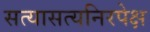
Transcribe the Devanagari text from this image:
सत्यासत्यनिरपेक्ष